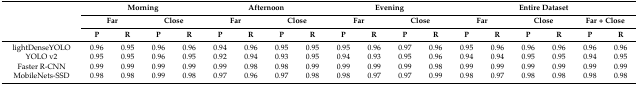
| <ROWSPAN=3>  | <COLSPAN=4> Morning | <COLSPAN=4> Afternoon | <COLSPAN=4> Evening | <COLSPAN=6> Entire Dataset |
 | <COLSPAN=2> Far | <COLSPAN=2> Close | <COLSPAN=2> Far | <COLSPAN=2> Close | <COLSPAN=2> Far | <COLSPAN=2> Close | <COLSPAN=2> Far | <COLSPAN=2> Close | <COLSPAN=2> Far + Close |
 | P | R | P | R | P | R | P | R | P | R | P | R | P | R | P | R | P | R |
 | --- | --- | --- | --- | --- | --- | --- | --- | --- | --- | --- | --- | --- | --- | --- | --- | --- | --- | --- |
 | lightDenseYOLO | 0.96 | 0.95 | 0.96 | 0.96 | 0.94 | 0.96 | 0.95 | 0.95 | 0.95 | 0.96 | 0.97 | 0.96 | 0.95 | 0.96 | 0.96 | 0.96 | 0.96 | 0.96 |
 | YOLO v2 | 0.95 | 0.95 | 0.96 | 0.95 | 0.92 | 0.94 | 0.93 | 0.95 | 0.94 | 0.93 | 0.95 | 0.96 | 0.94 | 0.94 | 0.95 | 0.95 | 0.94 | 0.95 |
 | Faster R-CNN | 0.99 | 0.99 | 0.99 | 0.99 | 0.99 | 0.98 | 0.98 | 0.99 | 0.99 | 0.99 | 0.99 | 0.98 | 0.99 | 0.99 | 0.99 | 0.99 | 0.99 | 0.99 |
 | MobileNets-SSD | 0.98 | 0.98 | 0.99 | 0.98 | 0.97 | 0.96 | 0.97 | 0.98 | 0.98 | 0.97 | 0.97 | 0.99 | 0.98 | 0.97 | 0.98 | 0.98 | 0.98 | 0.98 |